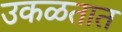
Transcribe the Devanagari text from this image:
उकळतात